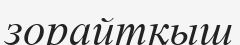
зорайтқыш